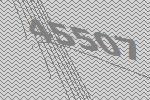
45507